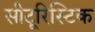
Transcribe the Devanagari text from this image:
सीटूरिस्टिक